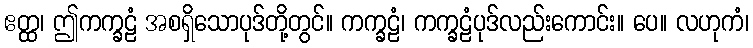
ဧတ္ထ၊ ဤကက္ခဠံ အစရှိသောပုဒ်တို့တွင်။ ကက္ခဠံ၊ ကက္ခဠံပုဒ်လည်းကောင်း။ ပေ။ လဟုကံ၊